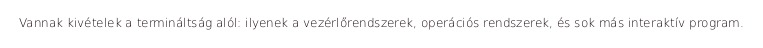
Vannak kivételek a termináltság alól: ilyenek a vezérlőrendszerek, operációs rendszerek, és sok más interaktív program.